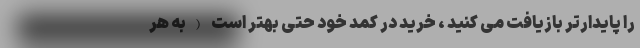
را پایدارتر بازیافت می کنید ، خرید در کمد خود حتی بهتر است (به هر